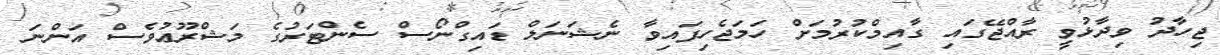
ޖިހާދު ވިދާޅުވީ ރާއްޖޭގައި ގާއިމްކުރުމަށް ހަމަޖެހިފައިވާ ނެޝަނަލް ޑައިގްނޯސް ސެންޓަރުގެ މަޝްރޫޢުވެސް އަންނަ